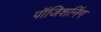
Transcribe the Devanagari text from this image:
पॉजिशनिंग